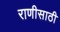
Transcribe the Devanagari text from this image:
राणीसाठी